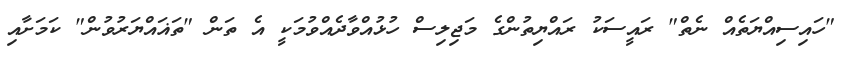
"ހައިސިއްޔަތެއް ނެތް" ރައީސަކު ރައްޔިތުންގެ މަޖިލިސް ހުޅުއްވާދެއްވުމަކީ އެ ތަން "ތަޣައްޔަރުވުން" ކަމަށާއި